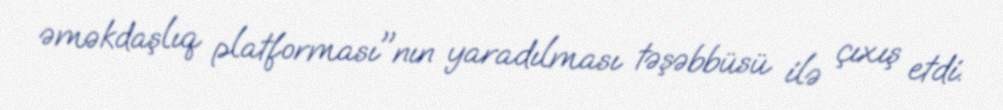
əməkdaşlıq platforması"nın yaradılması təşəbbüsü ilə çıxış etdi.